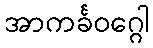
အာကင်္ခဝဂ္ဂေါ